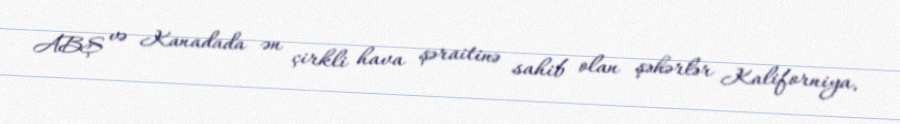
ABŞ və Kanadada ən çirkli hava şəraitinə sahib olan şəhərlər Kaliforniya,